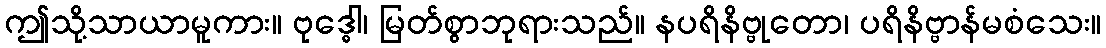
ဤသို့သာယာမူကား။ ဗုဒ္ဓေါ၊ မြတ်စွာဘုရားသည်။ နပရိနိဗ္ဗုတော၊ ပရိနိဗ္ဗာန်မစံသေး။